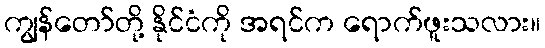
ကျွန်တော်တို့ နိုင်ငံကို အရင်က ရောက်ဖူးသလား။